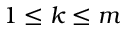
1 \leq k \leq m